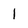
Character: 1